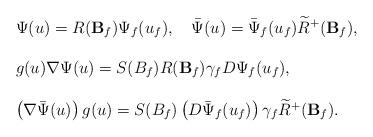
LaTeX: \begin{align*}\begin{array}{l}\Psi(u)=R({\bf B}_{f})\Psi_{f}(u_{f}), \quad\bar{\Psi}(u)=\bar{\Psi}_{f}(u_{f})\widetilde{R}^{+}({\bf B}_{f}),\\\\g(u)\nabla\Psi(u)=S(B_{f})R({\bf B}_{f})\gamma_{f}D\Psi_{f}(u_{f}),\\ \\\left( \nabla\bar{\Psi}(u)\right)g(u)=S(B_{f})\left( D\bar{\Psi}_{f}(u_{f})\right)\gamma_{f}\widetilde{R}^{+}({\bf B}_{f}).\end{array}\end{align*}